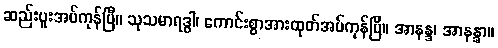
ဆည်းပူးအပ်ကုန်ပြီ။ သုသမာရဒ္ဓါ၊ ကောင်းစွာအားထုတ်အပ်ကုန်ပြီ။ အာနန္ဒ၊ အာနန္ဒာ။